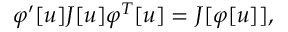
\varphi ^ { \prime } [ u ] J [ u ] \varphi ^ { T } [ u ] = J [ \varphi [ u ] ] ,